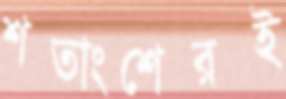
শতাংশেরই